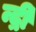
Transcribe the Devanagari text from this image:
न्द्री